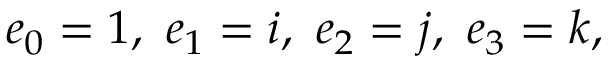
e _ { 0 } = 1 , \ e _ { 1 } = i , \ e _ { 2 } = j , \ e _ { 3 } = k ,